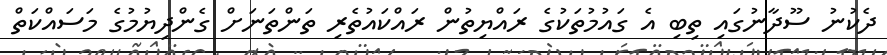
ދެކުނު ސޫދާނުގައި ތިބި އެ ގައުމުތަކުގެ ރައްޔިތުން ރައްކައުތެރި ތަންތަނަށް ގެންދިޔުމުގެ މަސައްކަތް